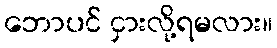
ဘောပင် ငှားလို့ရမလား။